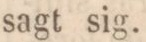
sagt sig.